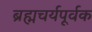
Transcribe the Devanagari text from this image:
ब्रह्मचर्यपूर्वक